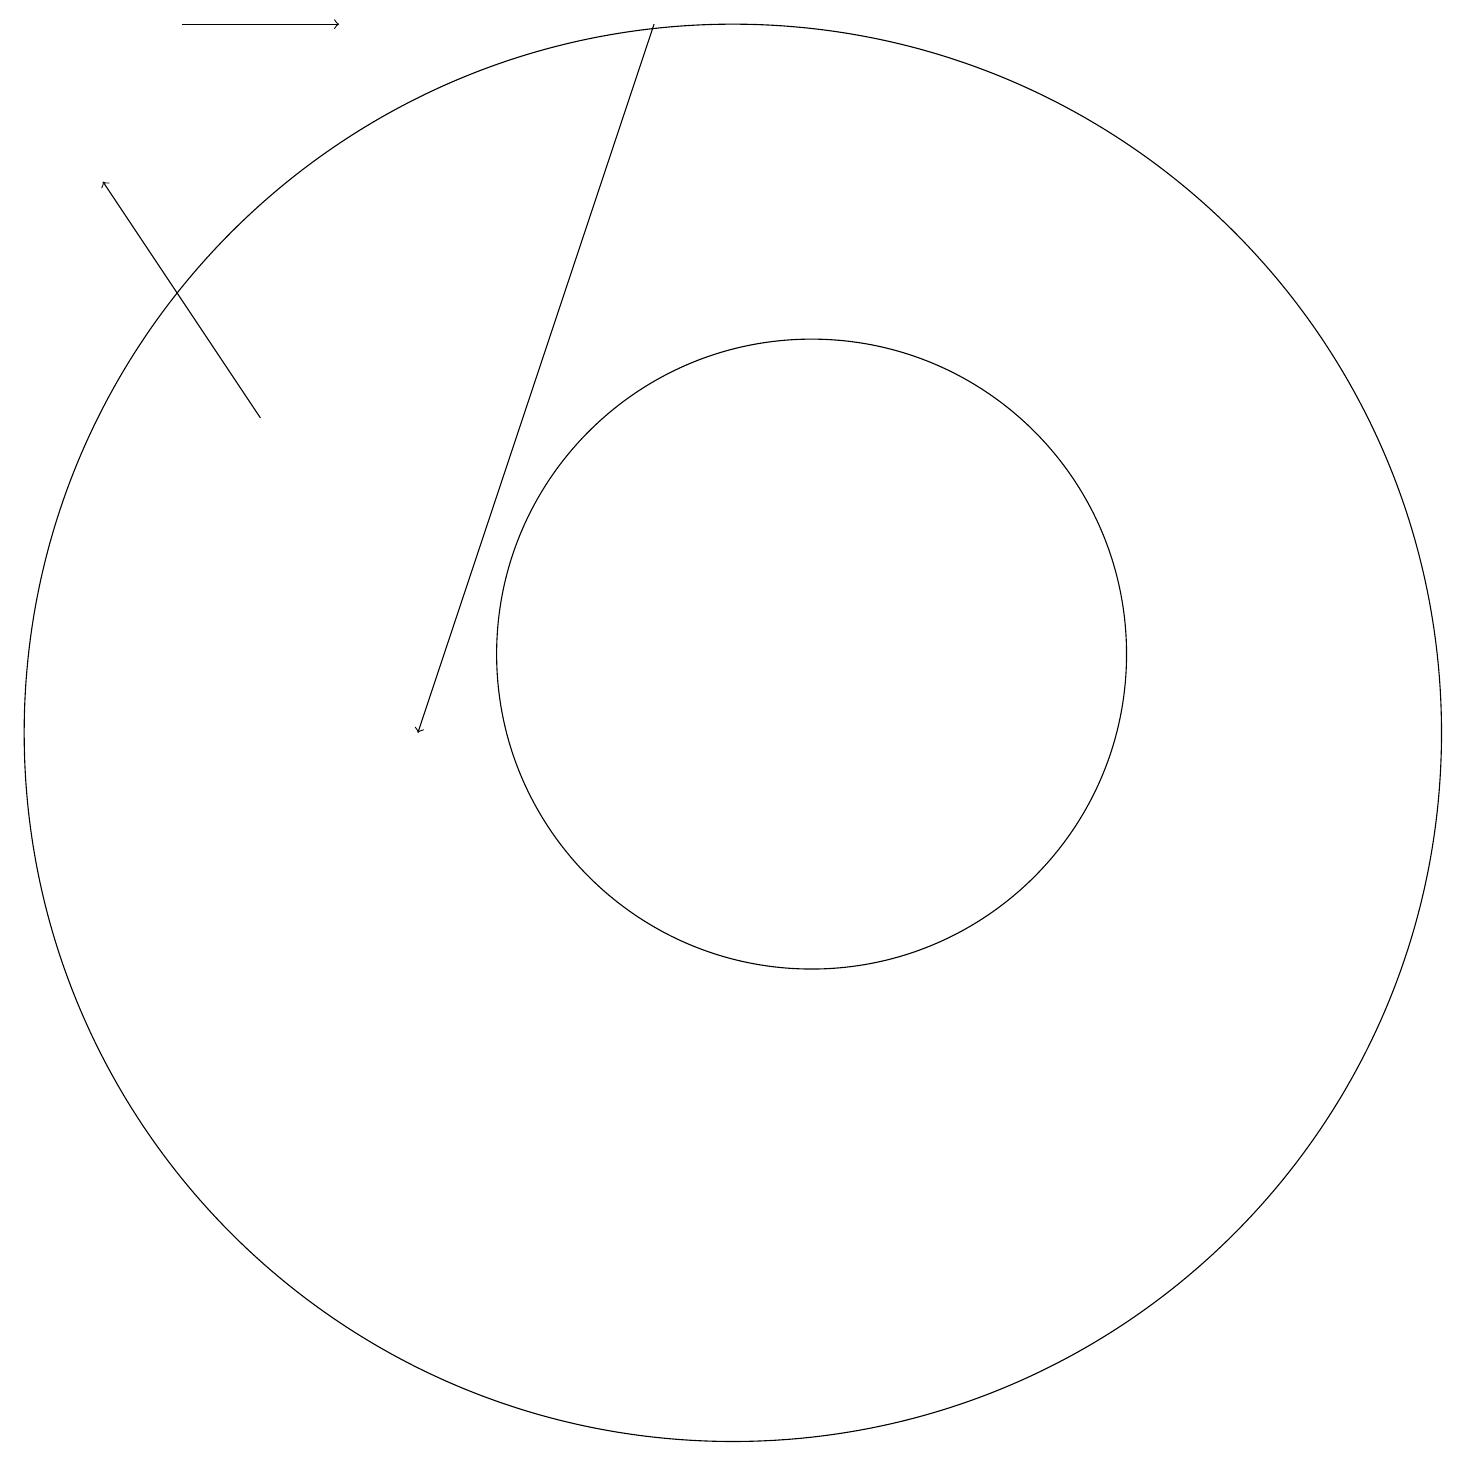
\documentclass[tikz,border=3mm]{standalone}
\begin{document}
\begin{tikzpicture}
\draw[->] (3,19) -- (5,19);
\draw (10,10) circle (9);
\draw[->] (4,14) -- (2,17);
\draw (11,10) circle (0);
\draw (11,11) circle (4);
\draw[->] (9,19) -- (6,10);
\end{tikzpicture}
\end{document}